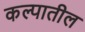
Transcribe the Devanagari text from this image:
कल्पातील